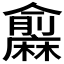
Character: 𪎨